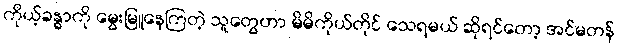
ကိုယ့်ခန္ဓာကို မွေးမြူနေကြတဲ့ သူတွေဟာ မိမိကိုယ်တိုင် သေရမယ် ဆိုရင်တော့ အင်မတန်